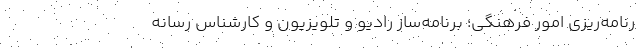
رنامه‌ریزی امور فرهنگی؛ برنامه‌ساز رادیو و تلویزیون و کارشناس رسانه